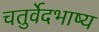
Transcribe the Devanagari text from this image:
चतुर्वेदभाष्य